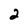
Character: 2